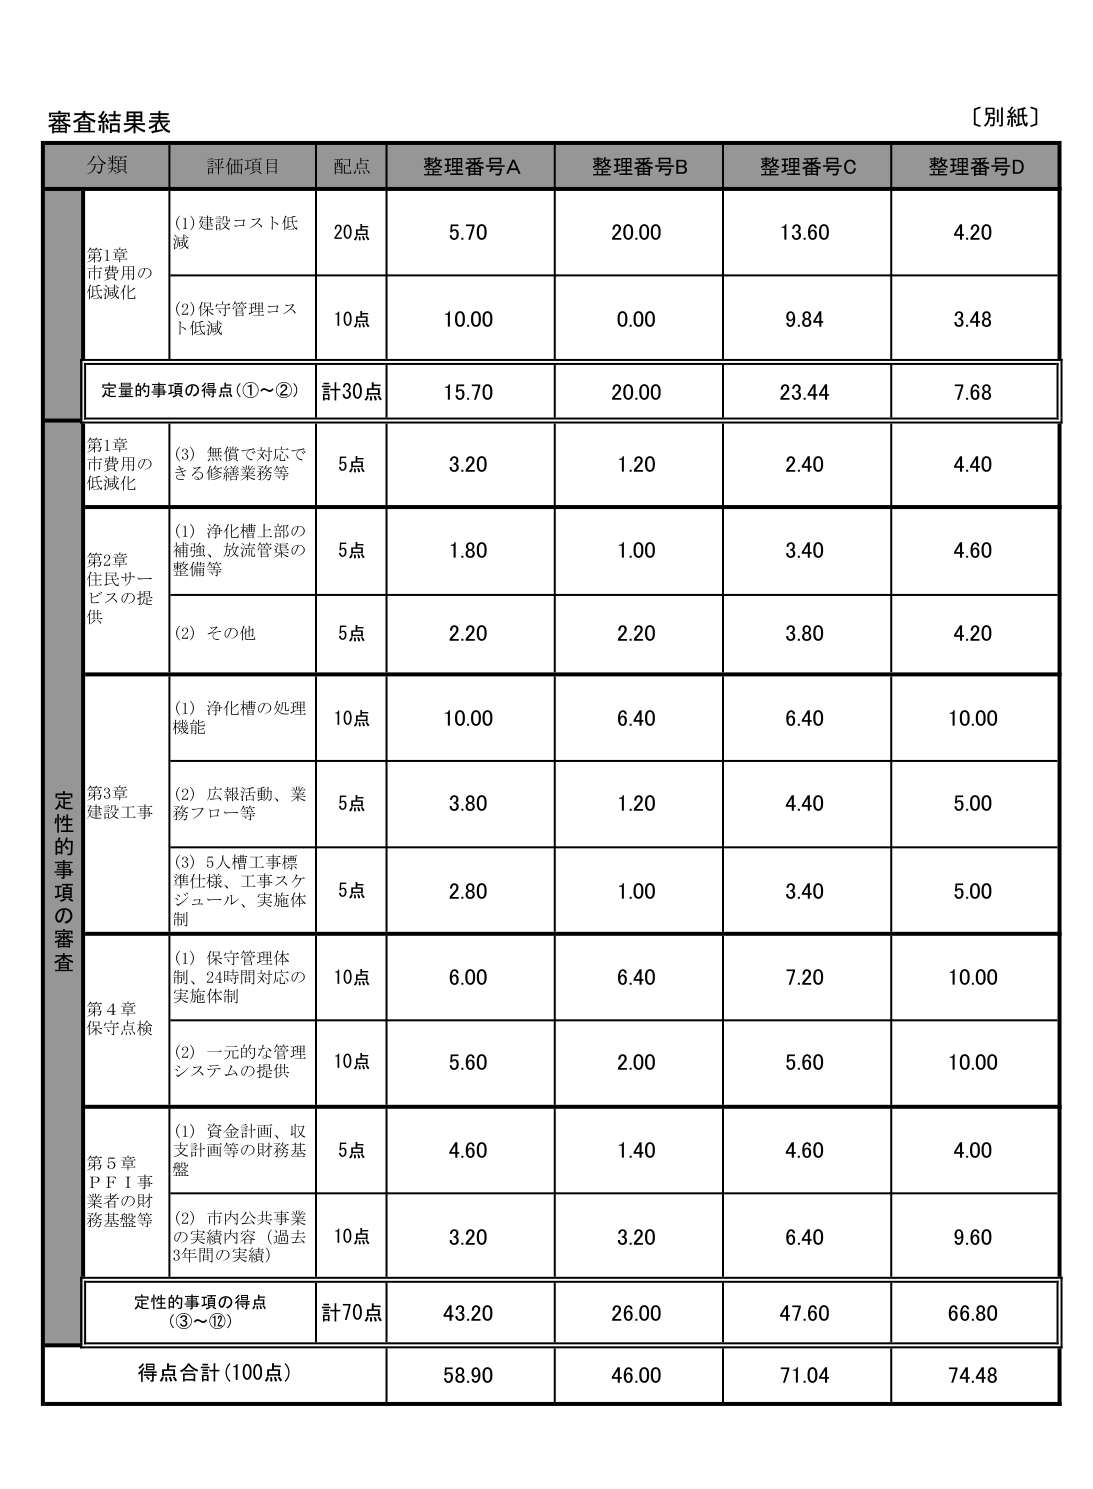
審査結果表
〔別紙〕
分類
評価項目
配点
整理番号A
整理番号B
整理番号C
整理番号D
第1章
市費用の
低減化
(1)建設コスト低
減
20点
5.70
20.00
13.60
4.20
(2)保守管理コス
ト低減
10点
10.00
0.00
9.84
3.48
定量的事項の得点（①～②）
計30点
15.70
20.00
23.44
7.68
定性的事項の審査
第1章
市費用の
低減化
(3) 無償で対応で
きる修繕業務等
5点
3.20
1.20
2.40
4.40
第2章
住民サー
ビスの提
供
(1) 浄化槽上部の
補強、放流管渠の
整備等
5点
1.80
1.00
3.40
4.60
(2) その他
5点
2.20
2.20
3.80
4.20
第3章
建設工事
(1) 浄化槽の処理
機能
10点
10.00
6.40
6.40
10.00
(2) 広報活動、業
務フロー等
5点
3.80
1.20
4.40
5.00
(3) 5人槽工事標
準仕様、工事スケ
ジュール、実施体
制
5点
2.80
1.00
3.40
5.00
第4章
保守点検
(1) 保守管理体制、24時間対応の
実施体制
10点
6.00
6.40
7.20
10.00
(2) 一元的な管理
システムの提供
10点
5.60
2.00
5.60
10.00
第5章
ＰＦＩ事
業者の財
務基盤等
(1) 資金計画、収
支計画等の財務基
盤
5点
4.60
1.40
4.60
4.00
(2) 市内公共事業
の実績内容（過去
3年間の実績）
10点
3.20
3.20
6.40
9.60
定性的事項の得点
（③～⑫）
計70点
43.20
26.00
47.60
66.80
得点合計（100点）
58.90
46.00
71.04
74.48